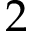
2